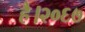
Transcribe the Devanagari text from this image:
है।२०६७